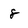
Character: 8